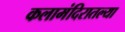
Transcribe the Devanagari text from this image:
कलामंदिरातल्या